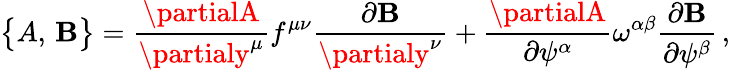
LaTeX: \bigl\{ A,\, \mathbf{B}\bigr\} ={\frac{{\partialA}}{{\partialy^{\mu}}}}f^{\mu\nu}{\frac{{\partial\mathbf{B}}}{{\partialy^{\nu}}}}+{\frac{{\partialA}}{{\partial\psi^{\alpha}}}}\omega^{\alpha\beta}{\frac{{\partial\mathbf{B}}}{{\partial\psi^{\beta}}}}\, ,